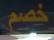
خصم